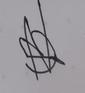
Signature authenticity: forged